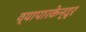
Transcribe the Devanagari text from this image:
व्यापारकेन्द्र